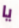
يا